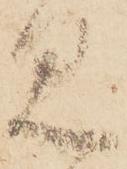
見